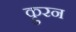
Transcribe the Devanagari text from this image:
क़ुरन